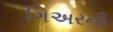
ગિઅરની